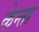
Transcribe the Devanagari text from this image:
केन्ता